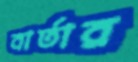
বার্তার